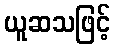
ယူဆသဖြင့်